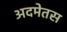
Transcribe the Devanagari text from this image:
अदमेतस